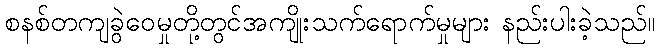
စနစ်တကျခွဲဝေမှုတို့တွင်အကျိုးသက်ရောက်မှုများ နည်းပါးခဲ့သည်။